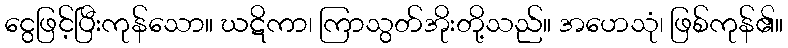
ငွေဖြင့်ပြီးကုန်သော။ ဃဋိကာ၊ ကြာသွတ်အိုးတို့သည်။ အဟေသုံ၊ ဖြစ်ကုန်၏။